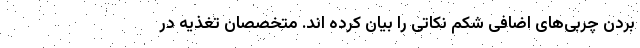
بردن چربی‌های اضافی شکم نکاتی را بیان کرده اند. متخصصان تغذیه در